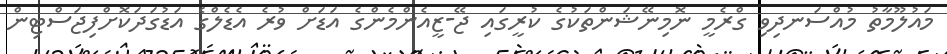
މައުލޫމާތު މުއްސަނދިވި ގްރެމީ ނޮމިނޭޝަންތަކުގެ ކުރީގައި ޖޭ-ޒީއެންމެންގެ އަޑަށް ވުރެ އެޑެލްގެ އަޑުގަދަކޮށްފިޖަސްޓިން